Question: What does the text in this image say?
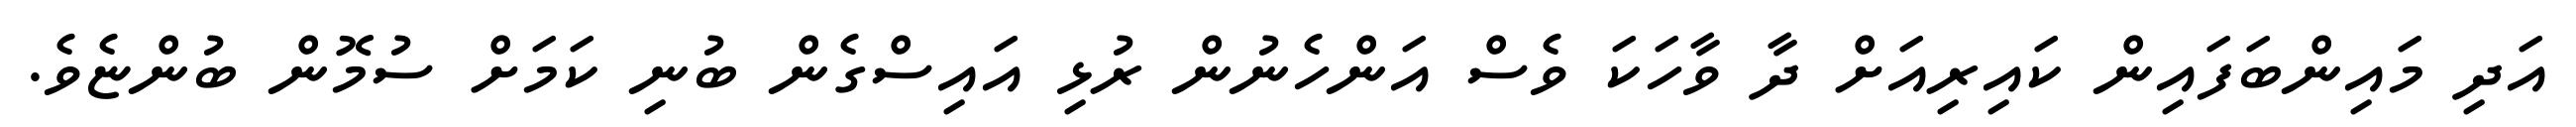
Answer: އަދި މައިންބަފައިން ކައިރިއަށް ދާ ވާހަކަ ވެސް އަންހެނުން ރުޅި އައިސްގެން ބުނި ކަމަށް ސުމޮން ބުންޏެވެ.